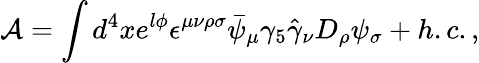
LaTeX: \mathcal{A}=\int d^{4}xe^{l\phi}\epsilon^{\mu\nu\rho\sigma}\bar{\psi}_{\mu}\gamma_{5}\hat{\gamma}_{\nu}D_{\rho}\psi_{\sigma}+h.c.,